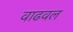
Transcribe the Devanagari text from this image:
वाढवल